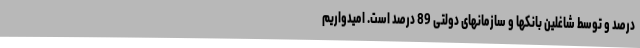
درصد و توسط شاغلین بانکها و سازمانهای دولتی 89 درصد است. امیدواریم